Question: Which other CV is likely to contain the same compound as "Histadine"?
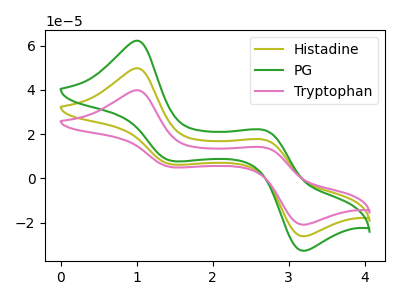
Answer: <think>The olive curve "Histadine" has anodic peaks at (1.00V, 49.75uA) (2.70V, 17.35uA) and cathodic peaks at (1.45V, 6.30uA) (3.20V, -26.20uA). The green curve "PG" has anodic peaks at (1.00V, 99.50uA) (2.70V, 34.75uA) and cathodic peaks at (1.45V, 12.55uA) (3.20V, -52.40uA). The pink curve "Tryptophan" has anodic peaks at (1.00V, 39.80uA) (2.70V, 13.90uA) and cathodic peaks at (1.45V, 5.00uA) (3.20V, -20.95uA).
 All the peaks in "Histadine" have a peak in "PG" at the same potential. All the peaks in "Histadine" have a peak in "Tryptophan" at the same potential. All the peaks in "PG" have a peak in "Tryptophan" at the same potential.</think>
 <answer>"Histadine" and "PG" have a similar shape to "Tryptophan".</answer>
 <eval>"Histadine" "PG"</eval>